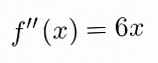
f''(x)=6x